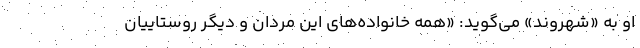
او به «شهروند» می‌گوید: «همه خانواده‌های این مردان و دیگر روستاییان